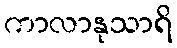
ကာလာနုသာရိ